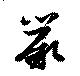
蕨